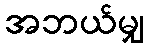
အဘယ်မျှ